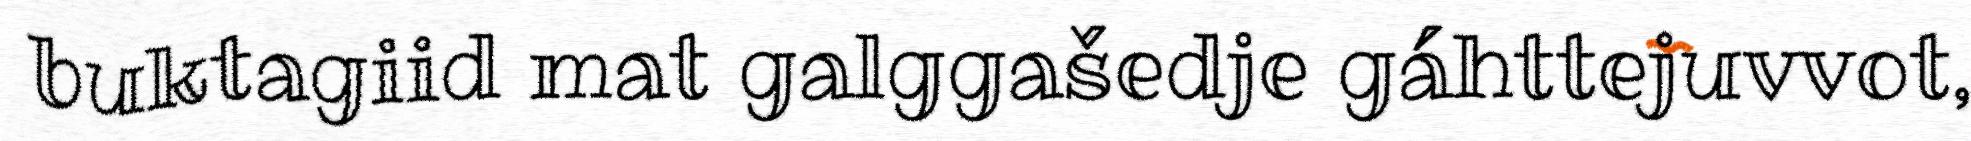
buktagiid mat galggašedje gáhttejuvvot,